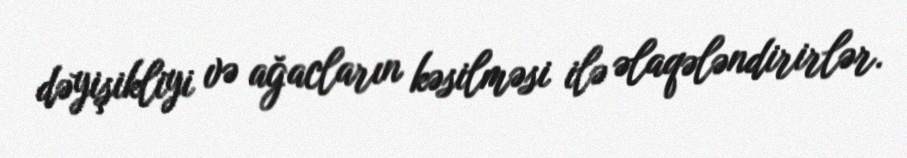
dəyişikliyi və ağacların kəsilməsi ilə əlaqələndirirlər.